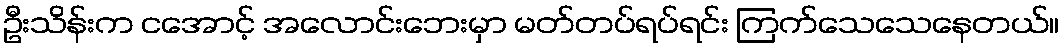
ဦးသိန်းက ငအောင့် အလောင်းဘေးမှာ မတ်တပ်ရပ်ရင်း ကြက်သေသေနေတယ်။